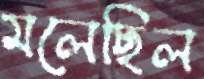
মলেছিল